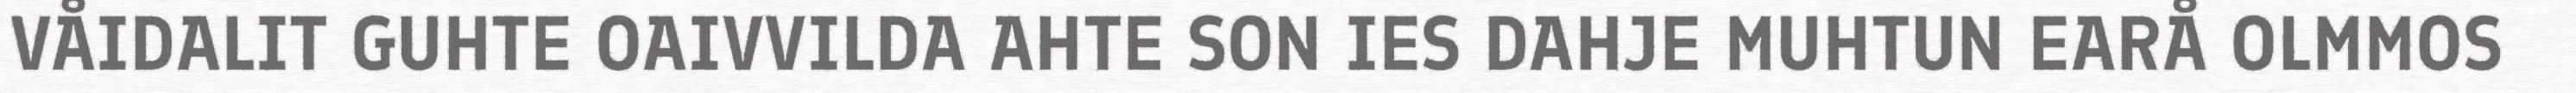
VÅIDALIT GUHTE OAIVVILDA AHTE SON IES DAHJE MUHTUN EARÅ OLMMOS